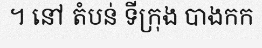
។ នៅ តំបន់ ទីក្រុង បាងកក